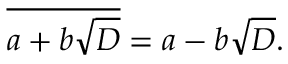
{ \overline { { a + b { \sqrt { D } } } } } = a - b { \sqrt { D } } .